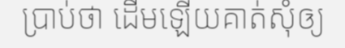
ប្រាប់ថា ដើមឡើយគាត់សុំឲ្យ